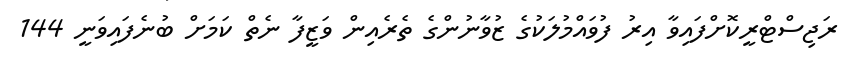
ރަޖިސްޓްރީކޮށްފައިވާ އިރު ފުވައްމުލަކުގެ ޒުވާނުންގެ ތެރެއިން ވަޒީފާ ނެތް ކަމަށް ބުނެފައިވަނީ 144